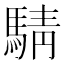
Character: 𫘋